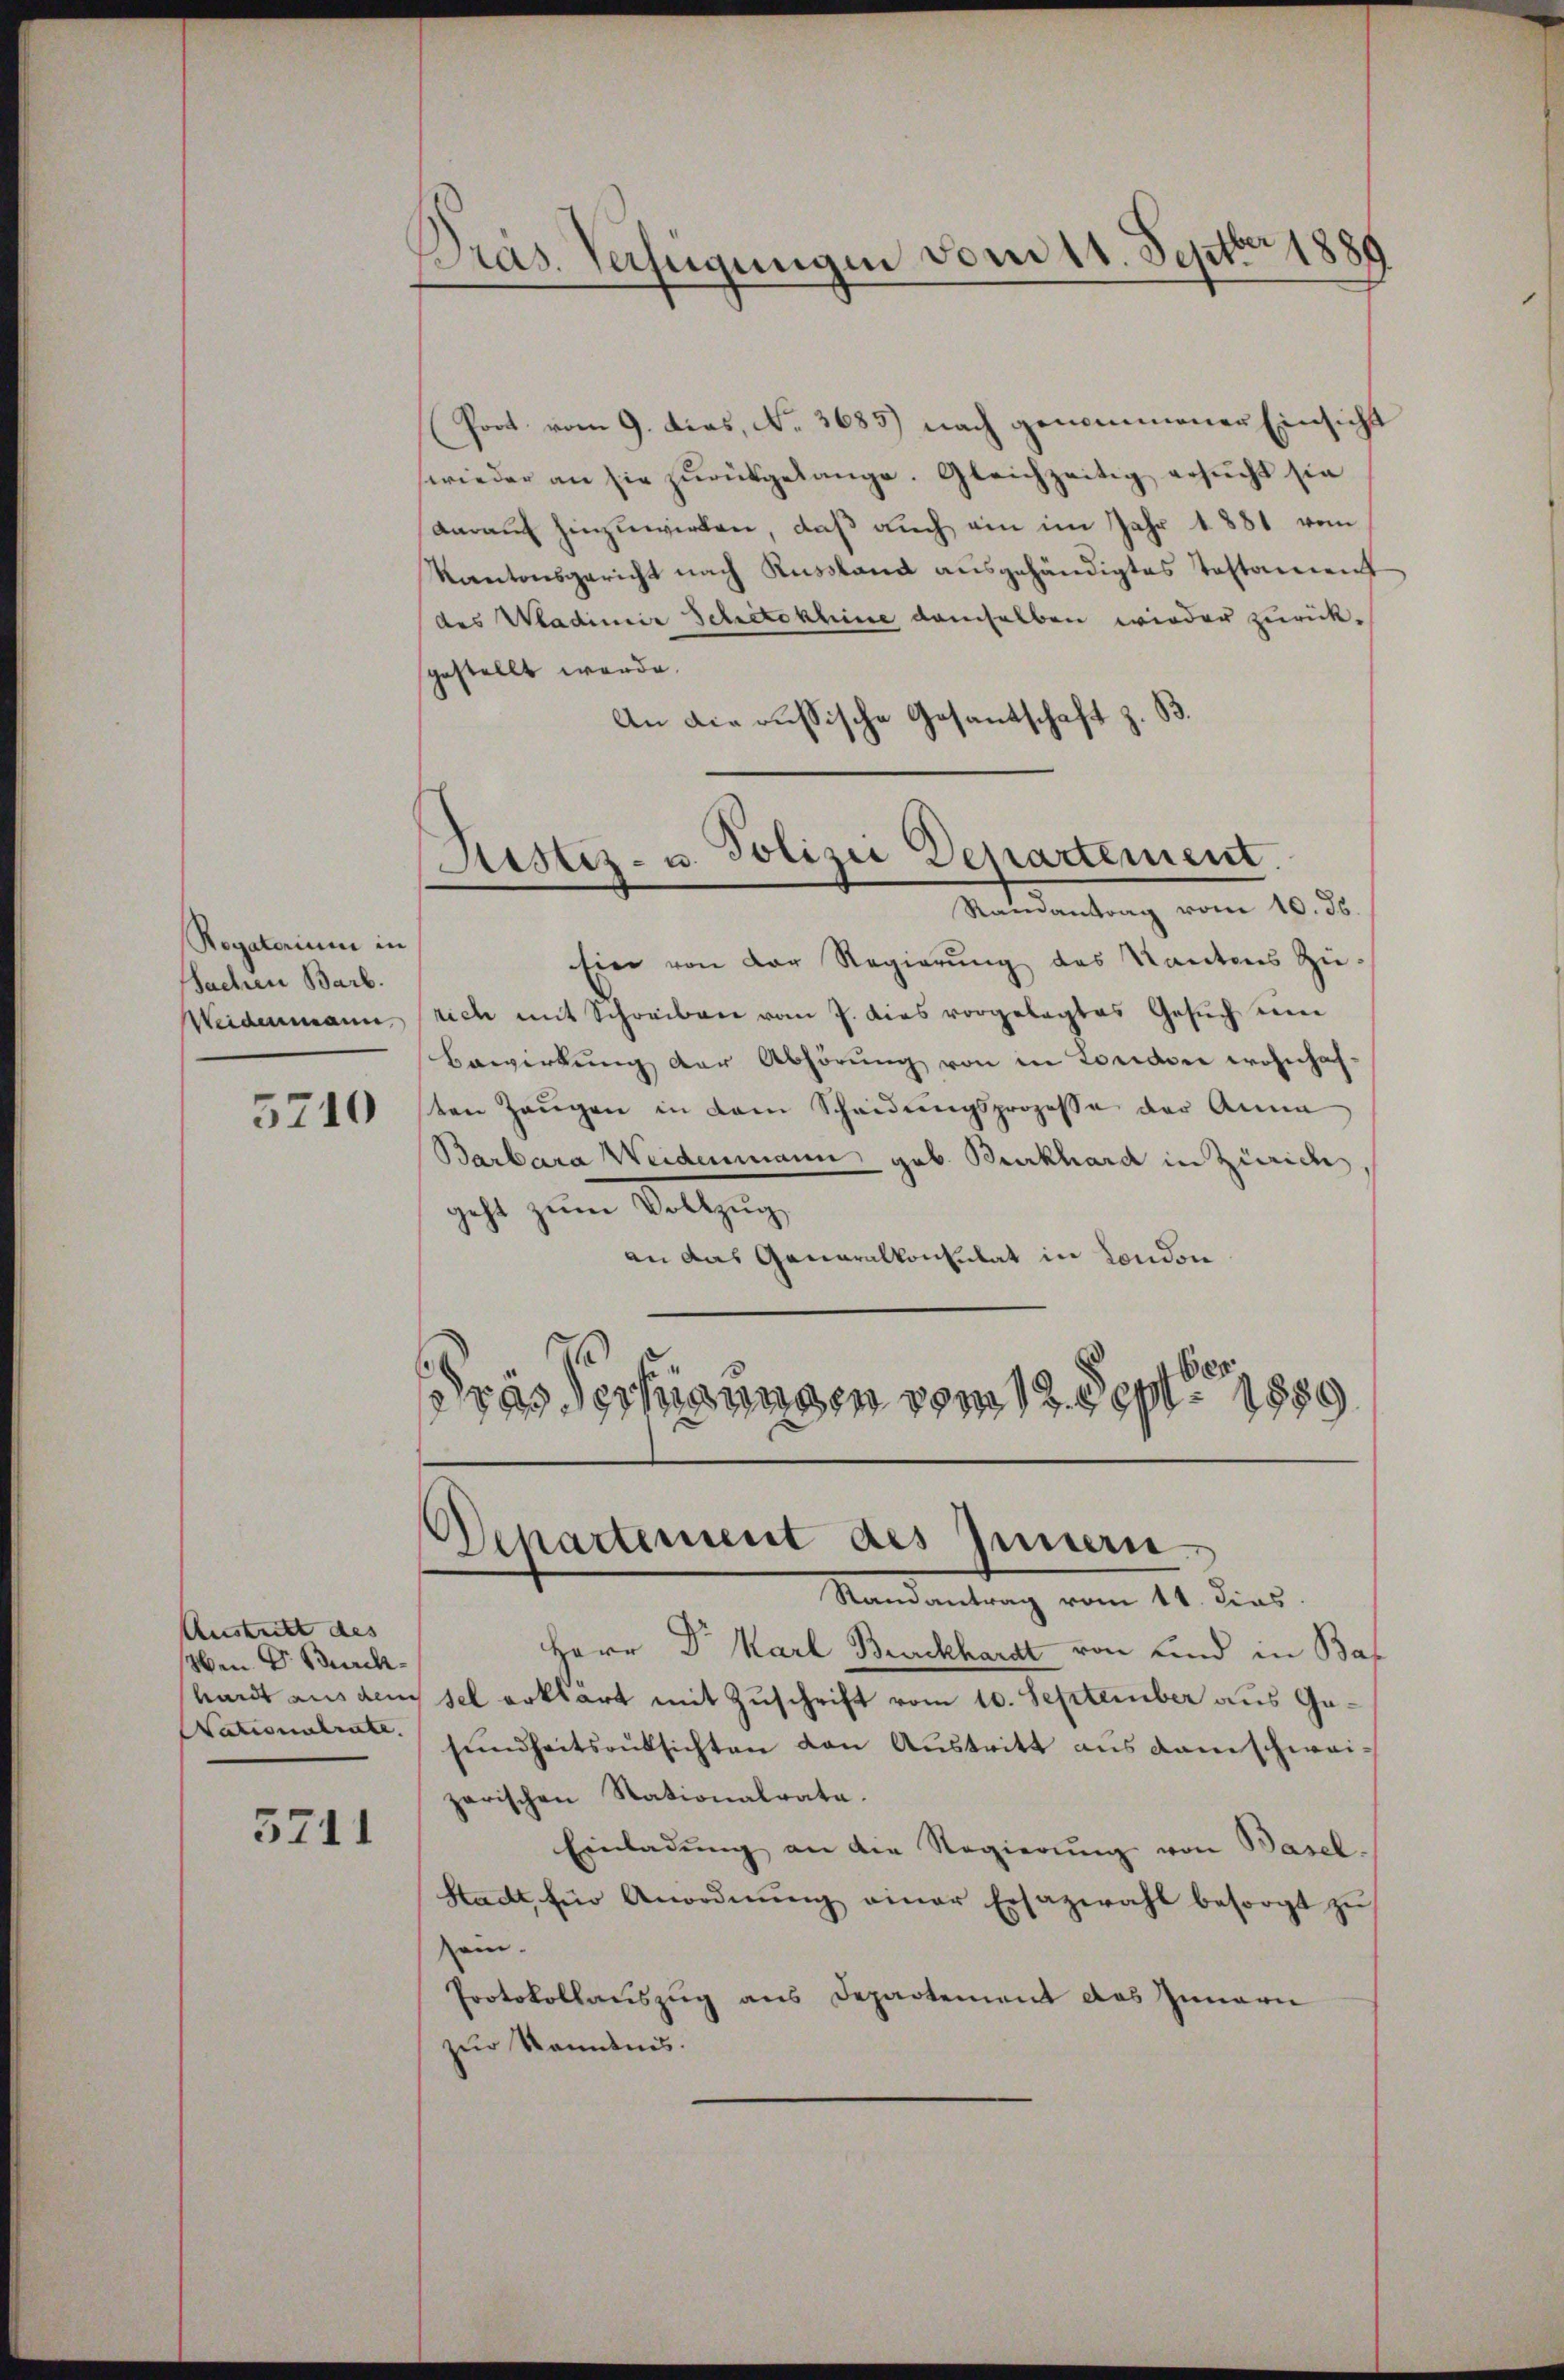
Regatorium in
Sachen Barb.
Weidenmann,

5710

Austritt des |
Men Dr. Burck-
hardt aus dem
Nationalrate.

5711

Präs. Verfügungen vom 11. Septbr 1889

(Poot. vom 9. dies, No. 3683) nach genommener Einsicht
wieder an sie zurückgelange. Gleichzeitig ersucht sie
darauf hinzuwirken, daß auch ein im Jahr 1881 vom
Kantonsgericht nach Russland ausgehändigtes Testament
des Wladimir Schetokhine demselben wieder zurückgestellt werde.
An die russische Gesandtschaft z. B.
Eier von der Regierŭng des Kantons Zŭ-
sich mit Schreiben vom 7. dies vorgelegtes Gesŭch ein
Bewerkŭng der Abhörŭng von in London wohnhafsten Zeugen in dem Scheidungsprozesse der Anna
Barbara Weidenmann geb. Burkhard in Zürich
seht zum Vollzug
an das Generalkonsulat in London
Gras Vertigungen vom 12. Sept. 1889

Rustiz- u. Polizei Departement.
Randantrag vom 10. ds.

Departement des Innern.

Randantrag vom 11. dies
Herr Dr. Karl Bruckhardt von Kind in Bas
sel erklärt mit Zuschrift vom 10. September aus Gasŭndheitsaŭssichten den Aŭstritt ans danschwai-
zarischen Stationalrate.
Einladŭng an die Regierŭng von Basel-
Stadt, für Anordnŭng einer Ersazwahl besorgt zŭ
e
ein.
Protokollauszug aus Departement das Innern
zur Kenntnis.